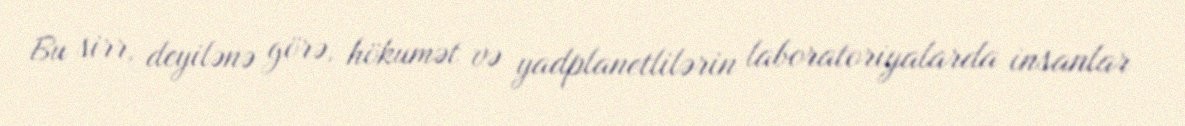
Bu sirr, deyilənə görə, hökumət və yadplanetlilərin laboratoriyalarda insanlar